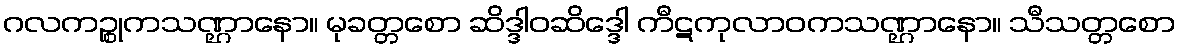
ဂလကဉ္စုကသဏ္ဌာနော။ မုခတ္တစော ဆိဒ္ဒါဝဆိဒ္ဒေါ ကီဋကုလာဝကသဏ္ဌာနော။ သီသတ္တစော